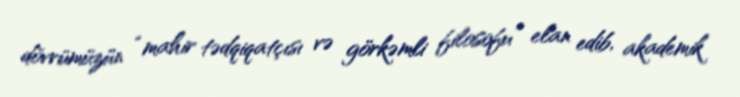
dövrümüzün “mahir tədqiqatçısı və görkəmli filosofu” elan edib, akademik